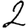
Digit: 2